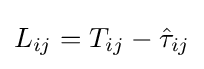
L_{ij}=T_{ij}-{\hat {\tau }}_{ij}